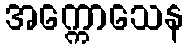
အက္ကောသေန